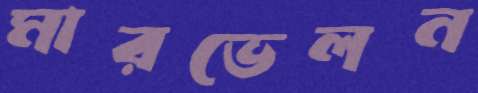
মারভেলন